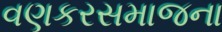
વણકરસમાજના